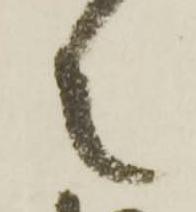
之